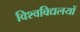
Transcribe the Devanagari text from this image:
विश्वविद्यलयों